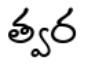
త్వర